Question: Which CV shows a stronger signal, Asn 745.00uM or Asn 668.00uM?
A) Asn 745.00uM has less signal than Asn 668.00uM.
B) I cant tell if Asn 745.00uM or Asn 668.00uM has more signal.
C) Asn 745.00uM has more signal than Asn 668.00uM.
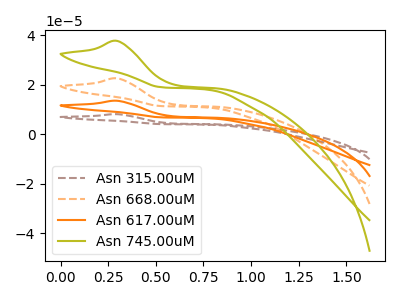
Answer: <think>The brown dashed curve "Asn 315.00uM" has an anodic peak at: (0.30V, 67.80uA). The orange dashed curve "Asn 668.00uM" has an anodic peak at: (0.30V, 22.60uA). The orange curve "Asn 617.00uM" has an anodic peak at: (0.30V, 45.20uA). The olive curve "Asn 745.00uM" has an anodic peak at: (0.30V, 37.75uA).
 All the peaks in "Asn 745.00uM" have a peak in "Asn 668.00uM" at the same potential. Every peak in "Asn 745.00uM" is higher than every peak in "Asn 668.00uM".</think>
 <answer>C) "Asn 745.00uM" has more signal than "Asn 668.00uM".</answer>
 <eval>C</eval>